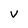
Character: V